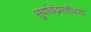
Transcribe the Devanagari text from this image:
सूर्याचंद्रमसौधाता